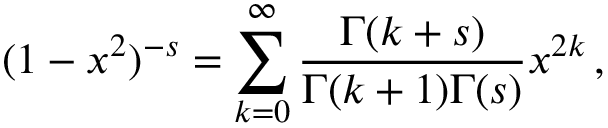
( 1 - x ^ { 2 } ) ^ { - s } = \sum _ { k = 0 } ^ { \infty } { \frac { \Gamma ( k + s ) } { \Gamma ( k + 1 ) \Gamma ( s ) } } x ^ { 2 k } \, ,